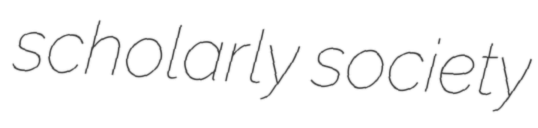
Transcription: scholarly society